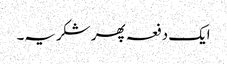
ایک دفعہ پھر شکریہ۔